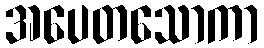
အပေတသောကာ